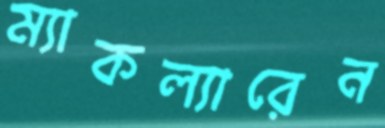
ম্যাকল্যারেন